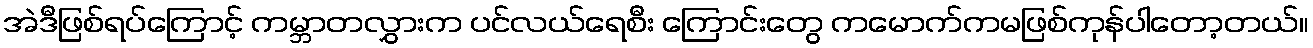
အဲဒီဖြစ်ရပ်ကြောင့် ကမ္ဘာတလွှားက ပင်လယ်ရေစီး ကြောင်းတွေ ကမောက်ကမဖြစ်ကုန်ပါတော့တယ်။